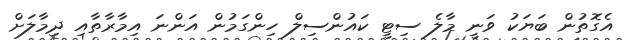
އެގޮތުން ބަޔަކު ވަނީ މާލެ ސިޓީ ކައުންސިލް ހިންގަމުން އަންނަ އިމާރާތާއި ދިމާލަށް